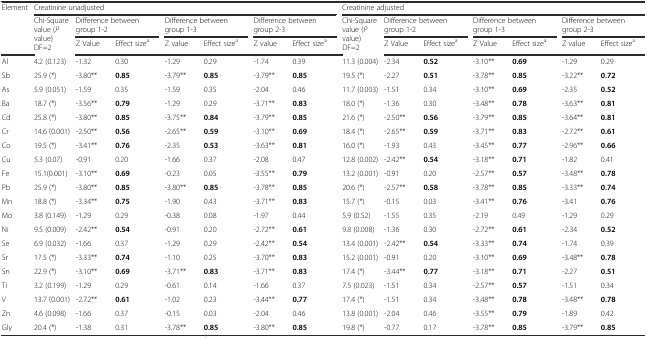
<table><thead><tr><td rowspan="3"><b>Element</b></td><td colspan="7"><b>Creatinine unadjusted</b></td><td colspan="7"><b>Creatinine adjusted</b></td></tr><tr><td rowspan="2"><b>Chi-Square value (<i>P</i> value) DF=2</b></td><td colspan="2"><b>Difference between group 1-2</b></td><td colspan="2"><b>Difference between group 1-3</b></td><td colspan="2"><b>Difference between group 2-3</b></td><td rowspan="2"><b>Chi-Square value (<i>P</i> value) DF=2</b></td><td colspan="2"><b>Difference between group 1-2</b></td><td colspan="2"><b>Difference between group 1-3</b></td><td colspan="2"><b>Difference between group 2-3</b></td></tr><tr><td><b>Z Value</b></td><td><b>Effect size<sup>a</sup></b></td><td><b>Z value</b></td><td><b>Effect size<sup>a</sup></b></td><td><b>Z value</b></td><td><b>Effect size<sup>a</sup></b></td><td><b>Z Value</b></td><td><b>Effect size<sup>a</sup></b></td><td><b>Z Value</b></td><td><b>Effect size<sup>a</sup></b></td><td><b>Z value</b></td><td><b>Effect size<sup>a</sup></b></td></tr></thead><tbody><tr><td>Al</td><td>4.2 (0.123)</td><td>-1.32</td><td>0.30</td><td>-1.29</td><td>0.29</td><td>-1.74</td><td>0.39</td><td>11.3 (0.004)</td><td>-2.34</td><td><b>0.52</b></td><td>-3.10**</td><td><b>0.69</b></td><td>-1.29</td><td>0.29</td></tr><tr><td>Sb</td><td>25.9 (*)</td><td>-3.80**</td><td><b>0.85</b></td><td>-3.79**</td><td><b>0.85</b></td><td>-3.79**</td><td><b>0.85</b></td><td>19.5 (*)</td><td>-2.27</td><td><b>0.51</b></td><td>-3.78**</td><td><b>0.85</b></td><td>-3.22**</td><td><b>0.72</b></td></tr><tr><td>As</td><td>5.9 (0.051)</td><td>-1.59</td><td>0.35</td><td>-1.59</td><td>0.35</td><td>-2.04</td><td>0.46</td><td>11.7 (0.003)</td><td>-1.51</td><td>0.34</td><td>-3.10**</td><td><b>0.69</b></td><td>-2.35</td><td><b>0.52</b></td></tr><tr><td>Ba</td><td>18.7 (*)</td><td>-3.56**</td><td><b>0.79</b></td><td>-1.29</td><td>0.29</td><td>-3.71**</td><td><b>0.83</b></td><td>18.0 (*)</td><td>-1.36</td><td>0.30</td><td>-3.48**</td><td><b>0.78</b></td><td>-3.63**</td><td><b>0.81</b></td></tr><tr><td>Cd</td><td>25.8 (*)</td><td>-3.80**</td><td><b>0.85</b></td><td>-3.75**</td><td><b>0.84</b></td><td>-3.79**</td><td><b>0.85</b></td><td>21.6 (*)</td><td>-2.50**</td><td><b>0.56</b></td><td>-3.79**</td><td><b>0.85</b></td><td>-3.64**</td><td><b>0.81</b></td></tr><tr><td>Cr</td><td>14.6 (0.001)</td><td>-2.50**</td><td><b>0.56</b></td><td>-2.65**</td><td><b>0.59</b></td><td>-3.10**</td><td><b>0.69</b></td><td>18.4 (*)</td><td>-2.65**</td><td><b>0.59</b></td><td>-3.71**</td><td><b>0.83</b></td><td>-2.72**</td><td><b>0.61</b></td></tr><tr><td>Co</td><td>19.5 (*)</td><td>-3.41**</td><td><b>0.76</b></td><td>-2.35</td><td><b>0.53</b></td><td>-3.63**</td><td><b>0.81</b></td><td>16.0 (*)</td><td>-1.93</td><td>0.43</td><td>-3.45**</td><td><b>0.77</b></td><td>-2.96**</td><td><b>0.66</b></td></tr><tr><td>Cu</td><td>5.3 (0.07)</td><td>-0.91</td><td>0.20</td><td>-1.66</td><td>0.37</td><td>-2.08</td><td>0.47</td><td>12.8 (0.002)</td><td>-2.42**</td><td><b>0.54</b></td><td>-3.18**</td><td><b>0.71</b></td><td>-1.82</td><td>0.41</td></tr><tr><td>Fe</td><td>15.1(0.001)</td><td>-3.10**</td><td><b>0.69</b></td><td>-0.23</td><td>0.05</td><td>-3.55**</td><td><b>0.79</b></td><td>13.2 (0.001)</td><td>-0.91</td><td>0.20</td><td>-2.57**</td><td><b>0.57</b></td><td>-3.48**</td><td><b>0.78</b></td></tr><tr><td>Pb</td><td>25.9 (*)</td><td>-3.80**</td><td><b>0.85</b></td><td>-3.80**</td><td><b>0.85</b></td><td>-3.78**</td><td><b>0.85</b></td><td>20.6 (*)</td><td>-2.57**</td><td><b>0.58</b></td><td>-3.78**</td><td><b>0.85</b></td><td>-3.33**</td><td><b>0.74</b></td></tr><tr><td>Mn</td><td>18.8 (*)</td><td>-3.34**</td><td><b>0.75</b></td><td>-1.90</td><td>0.43</td><td>-3.71**</td><td><b>0.83</b></td><td>15.7 (*)</td><td>-0.15</td><td>0.03</td><td>-3.41**</td><td><b>0.76</b></td><td>-3.41</td><td><b>0.76</b></td></tr><tr><td>Mo</td><td>3.8 (0.149)</td><td>-1.29</td><td>0.29</td><td>-0.38</td><td>0.08</td><td>-1.97</td><td>0.44</td><td>5.9 (0.52)</td><td>-1.55</td><td>0.35</td><td>-2.19</td><td>0.49</td><td>-1.29</td><td>0.29</td></tr><tr><td>Ni</td><td>9.5 (0.009)</td><td>-2.42**</td><td><b>0.54</b></td><td>-0.91</td><td>0.20</td><td>-2.72**</td><td><b>0.61</b></td><td>9.8 (0.008)</td><td>-1.36</td><td>0.30</td><td>-2.72**</td><td><b>0.61</b></td><td>-2.34</td><td><b>0.52</b></td></tr><tr><td>Se</td><td>6.9 (0.032)</td><td>-1.66</td><td>0.37</td><td>-1.29</td><td>0.29</td><td>-2.42**</td><td><b>0.54</b></td><td>13.4 (0.001)</td><td>-2.42**</td><td><b>0.54</b></td><td>-3.33**</td><td><b>0.74</b></td><td>-1.74</td><td>0.39</td></tr><tr><td>Sr</td><td>17.5 (*)</td><td>-3.33**</td><td><b>0.74</b></td><td>-1.10</td><td>0.25</td><td>-3.70**</td><td><b>0.83</b></td><td>15.2 (0.001)</td><td>-0.91</td><td>0.20</td><td>-3.10**</td><td><b>0.69</b></td><td>-3.48**</td><td><b>0.78</b></td></tr><tr><td>Sn</td><td>22.9 (*)</td><td>-3.10**</td><td><b>0.69</b></td><td>-3.71**</td><td><b>0.83</b></td><td>-3.71**</td><td><b>0.83</b></td><td>17.4 (*)</td><td>-3.44**</td><td><b>0.77</b></td><td>-3.18**</td><td><b>0.71</b></td><td>-2.27</td><td><b>0.51</b></td></tr><tr><td>Ti</td><td>3.2 (0.199)</td><td>-1.29</td><td>0.29</td><td>-0.61</td><td>0.14</td><td>-1.66</td><td>0.37</td><td>7.5 (0.023)</td><td>-1.51</td><td>0.34</td><td>-2.57**</td><td><b>0.57</b></td><td>-1.51</td><td>0.34</td></tr><tr><td>V</td><td>13.7 (0.001)</td><td>-2.72**</td><td><b>0.61</b></td><td>-1.02</td><td>0.23</td><td>-3.44**</td><td><b>0.77</b></td><td>17.4 (*)</td><td>-1.51</td><td>0.34</td><td>-3.48**</td><td><b>0.78</b></td><td>-3.48**</td><td><b>0.78</b></td></tr><tr><td>Zn</td><td>4.6 (0.098)</td><td>-1.66</td><td>0.37</td><td>-0.15</td><td>0.03</td><td>-2.04</td><td>0.46</td><td>13.8 (0.001)</td><td>-2.04</td><td>0.46</td><td>-3.55**</td><td><b>0.79</b></td><td>-1.89</td><td>0.42</td></tr><tr><td>Gly</td><td>20.4 (*)</td><td>-1.38</td><td>0.31</td><td>-3.78**</td><td><b>0.85</b></td><td>-3.80**</td><td><b>0.85</b></td><td>19.8 (*)</td><td>-0.77</td><td>0.17</td><td>-3.78**</td><td><b>0.85</b></td><td>-3.79**</td><td><b>0.85</b></td></tr></tbody></table>